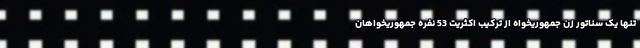
تنها یک سناتور زن جمهوریخواه از ترکیب اکثریت 53 نفره جمهوریخواهان